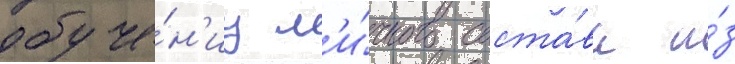
обуче́н'иу л'и́чного соста́ва и́з